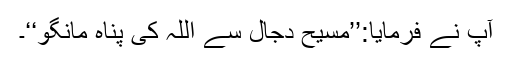
آپ نے فرمایا:’’مسیح دجال سے اللہ کی پناہ مانگو‘‘۔